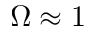
\Omega \approx 1